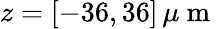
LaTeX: z=[-36,36]\, \mu\mathrm{~m~}